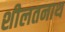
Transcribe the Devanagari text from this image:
शीलतनाथ